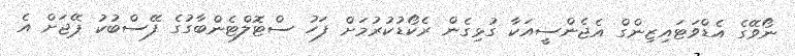
ނޯވޭގެ އެޑްވަޓައިޒިންގް އެޖެންސީއަކާ ގުޅިގެން ރެކޯޑުކުރުމަށް ފަހު ސްޓޮލްޓެންބާގުގެ ފޭސްބުކު ޕޭޖަށް އެ